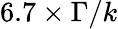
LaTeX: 6.7\times\Gamma/k